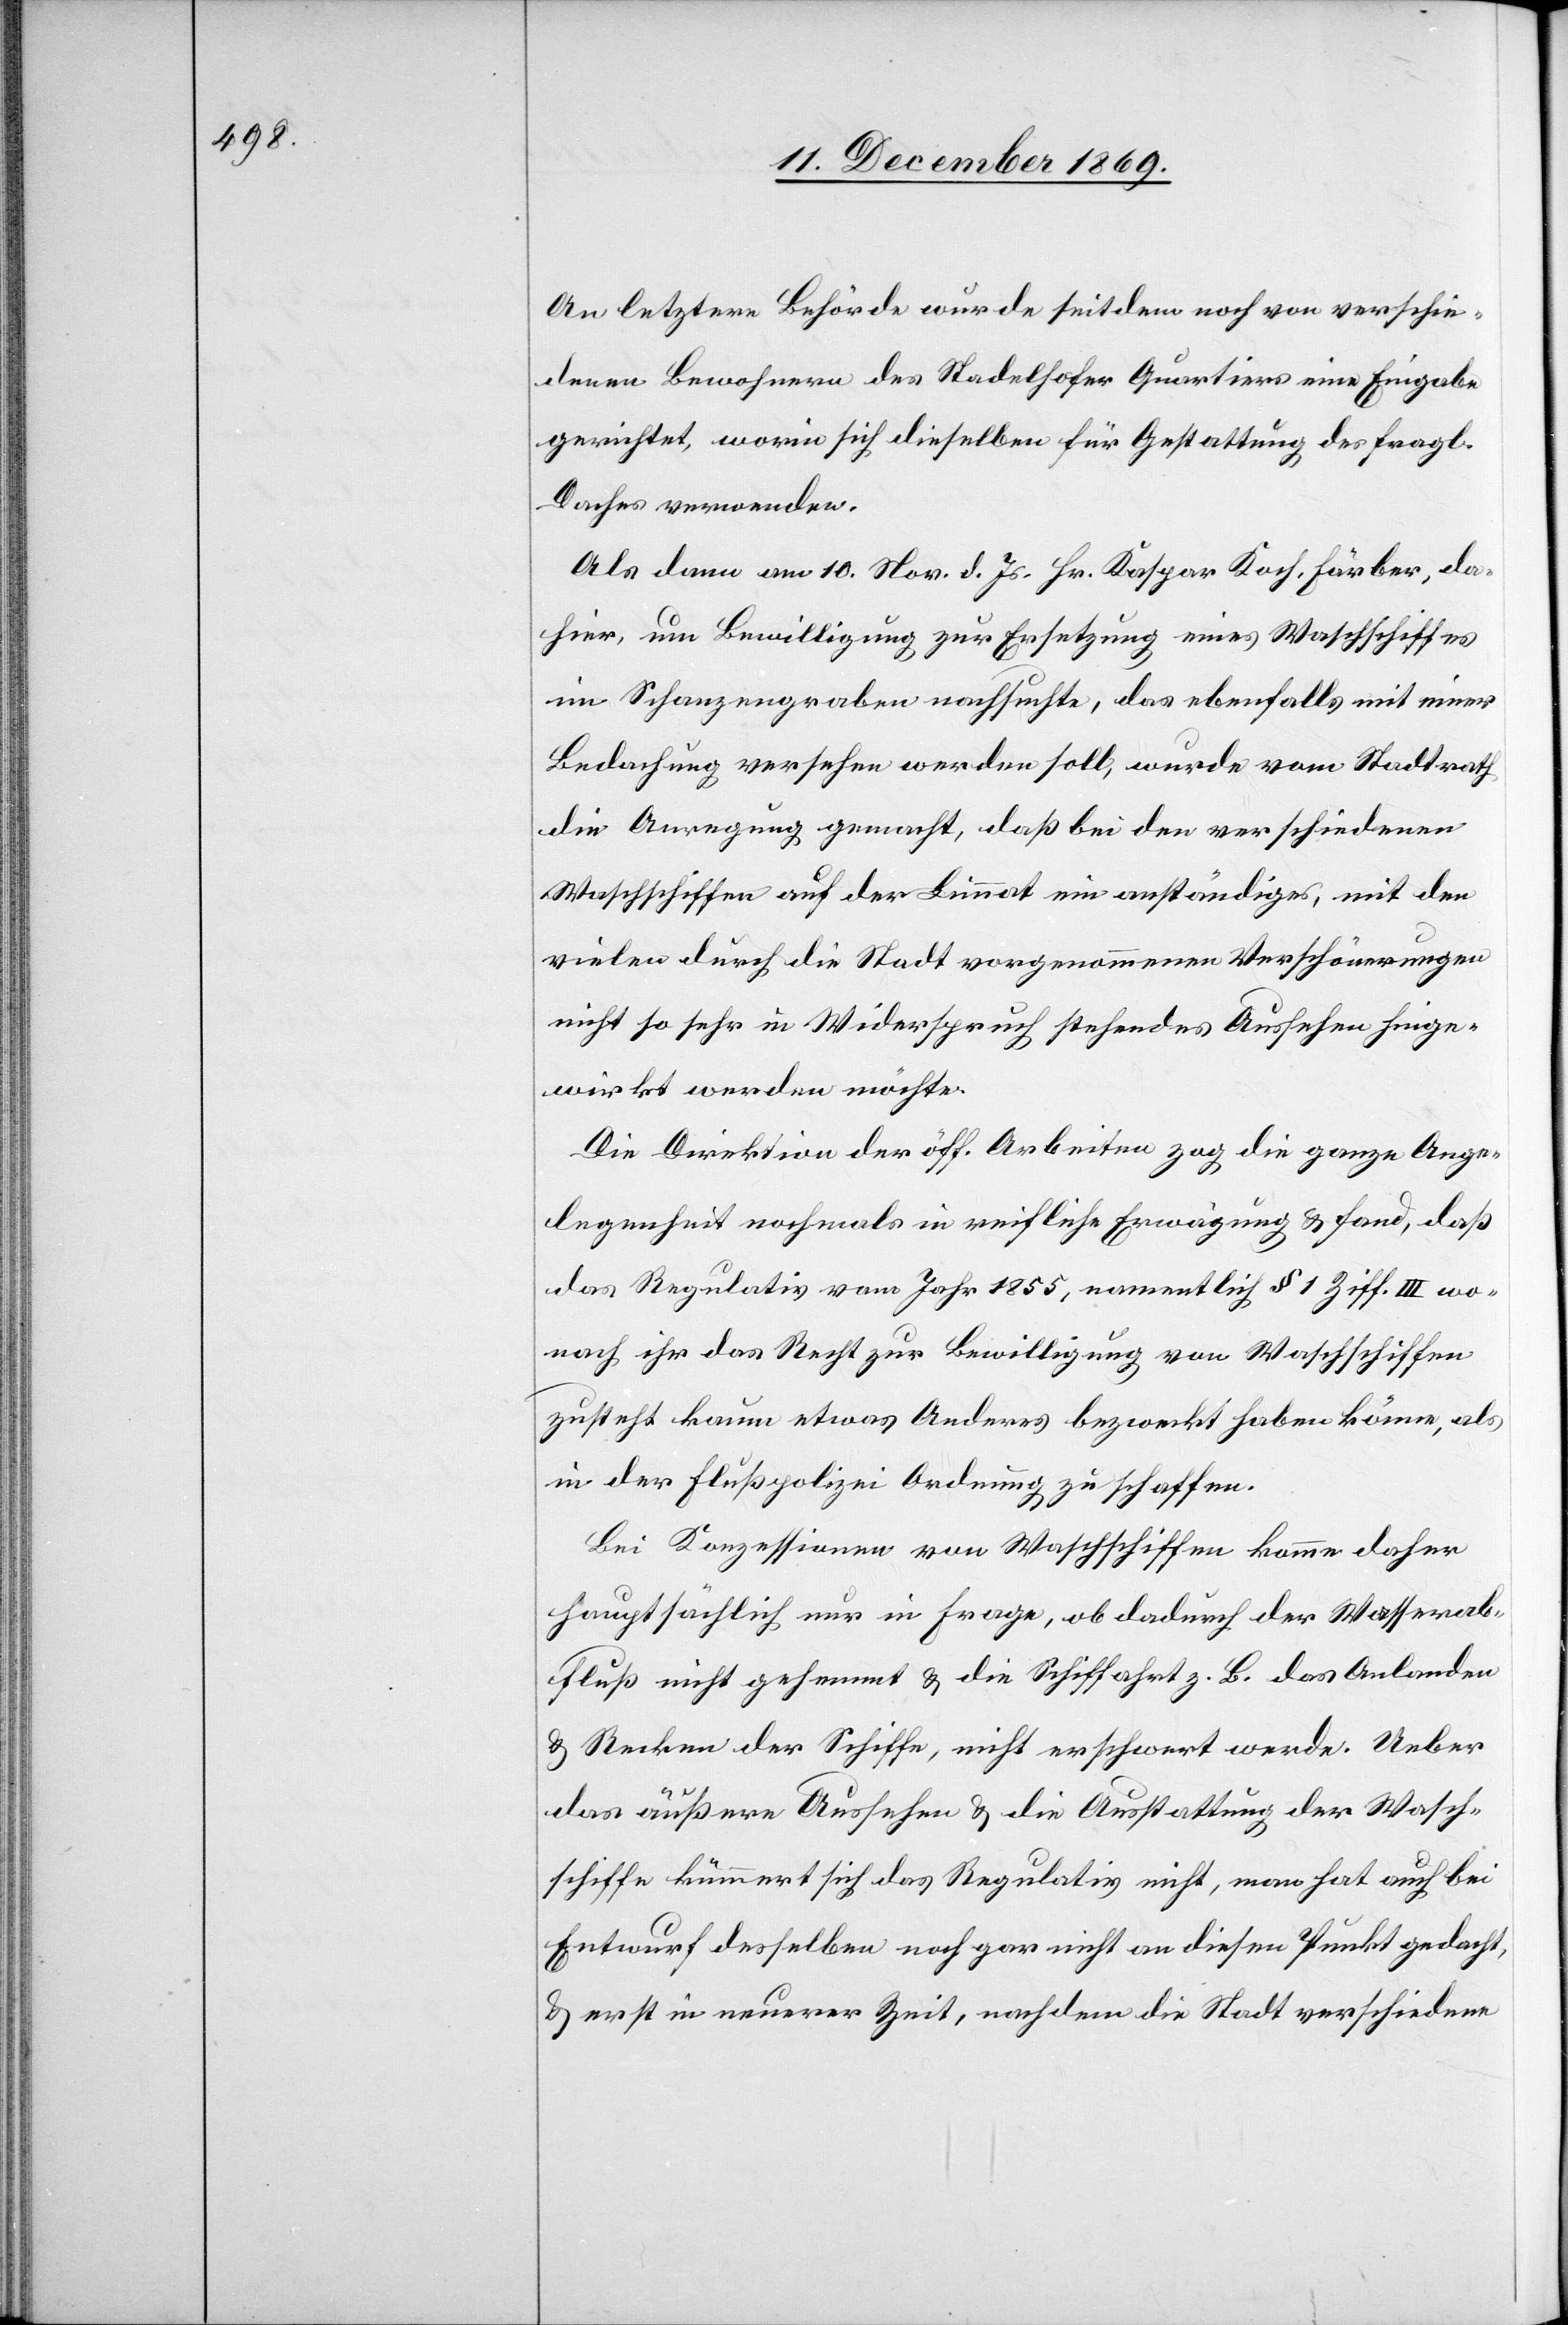
An letztere Behörde wurde seitdem noch von verschie¬
denen Bewohnern des Stadelhofer Quartiers eine Eingabe
gerichtet, worin sich dieselben für Gestattung des fragl.
Daches verwenden.
Als dann am 10. Nov. d. Js. Hr. Kaspar Koch, Färber, da¬
hier, um Bewilligung zur Ersetzung eines Waschschiffes
im Schanzengraben nachsuchte, das ebenfalls mit einer
Bedachung versehen werden soll, wurde vom Stadtrath
die Anregung gemacht, daß bei den verschiedenen
Waschschiffen auf der Limmat ein anständiges, mit den
vielen durch die Stadt vorgenommenen Verschönerungen
nicht so sehr in Widerspruch stehendes Aussehen hinge¬
wirkt werden möchte.
Die Direktion der öff. Arbeiten zog die ganze Ange¬
legenheit nochmals in reifliche Erwägung & fand, daß
das Regulativ vom Jahr 1855, namentlich § 1 Ziff. III wo¬
nach ihr das Recht zur Bewilligung von Waschschiffen
zusteht kaum etwas Anderes bezweckt haben könne, als
in der Flußpolizei Ordnung zu schaffen.
Bei Konzessionen von Waschschiffen komme daher
hauptsächlich nur in Frage, ob dadurch der Wasserab¬
fluß nicht gehemmt & die Schiffahrt z. B. das Anlanden
& Recken der Schiffe, nicht erschwert werde. Ueber
das äußere Aussehen & die Ausstattung der Wasch¬
schiffe kümmert sich das Regulativ nicht, man hat auch bei
Entwurf desselben noch gar nicht an diesen Punkt gedacht,
& erst in neuerer Zeit, nachdem die Stadt verschiedene